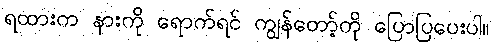
ရထားက နားကို ရောက်ရင် ကျွန်တော့်ကို ပြောပြပေးပါ။